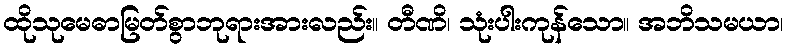
ထိုသုမေဓာမြတ်စွာဘုရားအားလည်း။ တီဏိ၊ သုံးပါးကုန်သော။ အဘိသမယာ၊